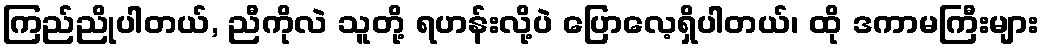
ကြည်ညိုပါတယ်, ညီကိုလဲ သူတို့ ရဟန်းလို့ပဲ ပြောလေ့ရှိပါတယ်၊ ထို ဒကာမကြီးများ